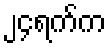
၂၄ရက်က